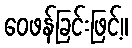
ဝေဖန်ခြင်းဖြင့်။